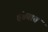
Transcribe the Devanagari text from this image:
हंड्यात